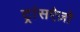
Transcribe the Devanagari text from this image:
ट्रांसऐज़ो